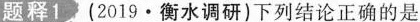
题释1(2019·衡水调研)下列结论正确的是